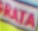
RATA